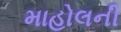
માહોલની